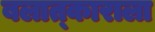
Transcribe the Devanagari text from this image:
बलात्‍काराला